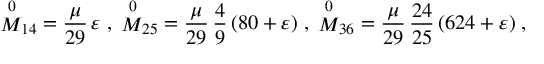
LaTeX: { \stackrel { 0 } { M } } _ { 1 4 } = \frac { \mu } { 2 9 } \, \varepsilon \; , \; { \stackrel { 0 } { M } } _ { 2 5 } = \frac { \mu } { 2 9 } \, \frac { 4 } { 9 } \, ( 8 0 + \varepsilon ) \; , \; { \stackrel { 0 } { M } } _ { 3 6 } = \frac { \mu } { 2 9 } \, \frac { 2 4 } { 2 5 } \, ( 6 2 4 + \varepsilon ) \; ,